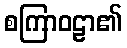
စကြာဝဠာ၏